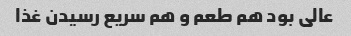
عالی بود هم طعم و هم سریع رسیدن غذا